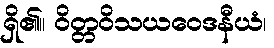
ရှိ၏။ ဝိတ္တဝိသယဝေဒနီယံ၊